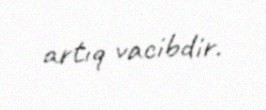
artıq vacibdir.